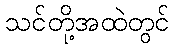
သင်တို့အထဲတွင်